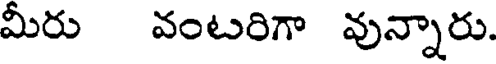
మీరు వంటరిగా వున్నారు.